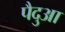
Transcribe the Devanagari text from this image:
पैदुआ